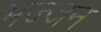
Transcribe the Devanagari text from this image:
भज्जन